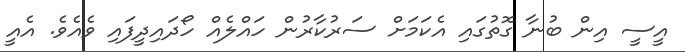
އީސީ އިން ބުނާ ގޮތުގައި އެކަމަށް ސަރުކާރުން ހައްލެއް ހޯދައިދީފައި ވެއެވެ. އެއީ